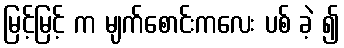
မြင့်မြင့် က မျက်စောင်းကလေး ပစ် ခဲ့ ၍